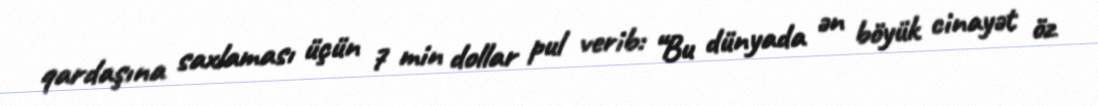
qardaşına saxlaması üçün 7 min dollar pul verib: “Bu dünyada ən böyük cinayət öz